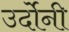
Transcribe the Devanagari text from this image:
उर्दोनी